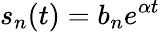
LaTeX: s_{n}(t)=b_{n}e^{\alpha t}